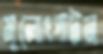
মূলোৎপাটন